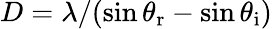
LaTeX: D=\lambda/(\sin{\theta_{\mathrm{r}}}-\sin{\theta_{\mathrm{i}}})